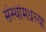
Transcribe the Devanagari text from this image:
संस्थांमधल्या